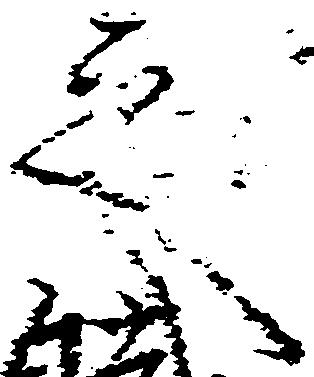
之